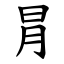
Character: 冐